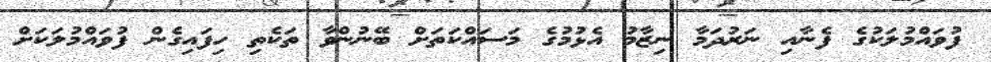
ފުވައްމުލަކުގެ ފެނާއި ނަރުދަމާ ނިޒާމު އެޅުމުގެ މަސައްކަތަށް ބޭނުންވާ ތަކެތި ހިފައިގެން ފުވައްމުލަކަށް